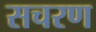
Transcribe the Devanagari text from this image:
सचरण